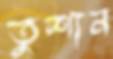
তুশান